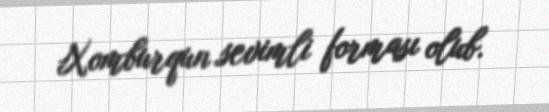
Xomburqun sevimli forması olub.